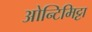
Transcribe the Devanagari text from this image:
ओन्टिमिट्टा